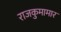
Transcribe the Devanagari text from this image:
राजकुमामार